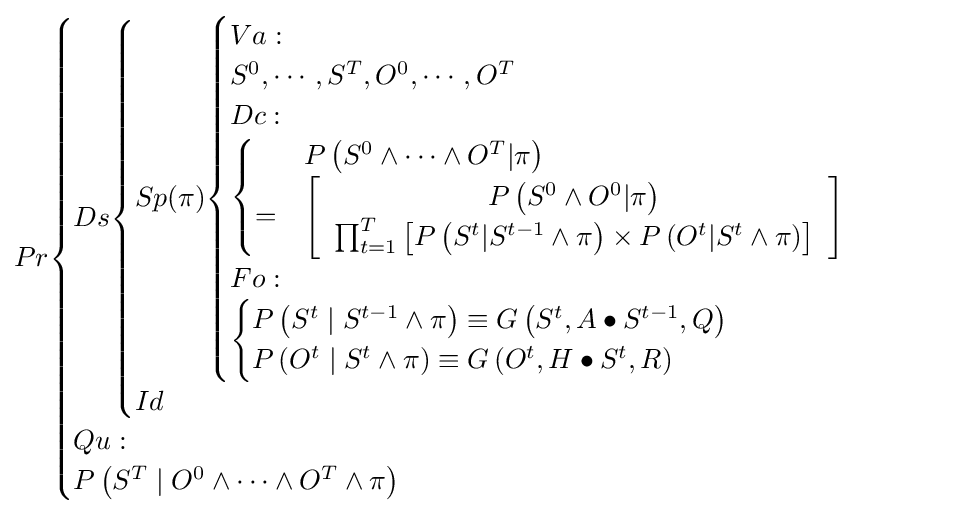
Pr{\begin{cases}Ds{\begin{cases}Sp(\pi ){\begin{cases}Va:\\S^{0},\cdots ,S^{T},O^{0},\cdots ,O^{T}\\Dc:\\{\begin{cases}&P\left(S^{0}\wedge \cdots \wedge O^{T}|\pi \right)\\=&\left[{\begin{array}{c}P\left(S^{0}\wedge O^{0}|\pi \right)\\\prod _{t=1}^{T}\left[P\left(S^{t}|S^{t-1}\wedge \pi \right)\times P\left(O^{t}|S^{t}\wedge \pi \right)\right]\end{array}}\right]\end{cases}}\\Fo:\\{\begin{cases}P\left(S^{t}\mid S^{t-1}\wedge \pi \right)\equiv G\left(S^{t},A\bullet S^{t-1},Q\right)\\P\left(O^{t}\mid S^{t}\wedge \pi \right)\equiv G\left(O^{t},H\bullet S^{t},R\right)\end{cases}}\end{cases}}\\Id\end{cases}}\\Qu:\\P\left(S^{T}\mid O^{0}\wedge \cdots \wedge O^{T}\wedge \pi \right)\end{cases}}